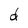
Character: d